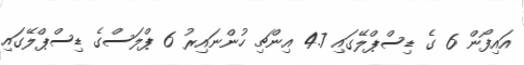
އައިފޯން 6 ގެ ޑިސްޕްލޭގައި 4.7 އިންޗި ހުންނައިރު 6 ޕްލަސްގެ ޑިސްޕްލޭގައި